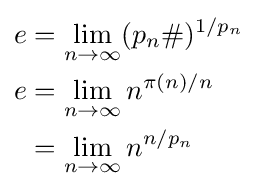
{\begin{aligned}e&=\lim _{n\to \infty }(p_{n}\#)^{1/p_{n}}\\e&=\lim _{n\to \infty }n^{\pi (n)/n}\\&=\lim _{n\to \infty }n^{n/p_{n}}\end{aligned}}